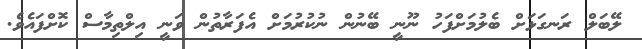
ލޭބަލް ރަނގަޅަށް ބެލުމަށްފަހު ނޫނީ ބޭނުން ނުކުރުމަށް އެފަރާތުން ވަނީ އިލްތިމާސް ކޮށްފައެވެ.